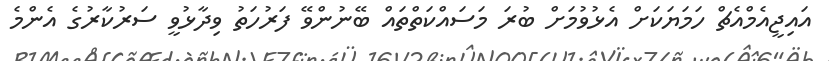
އައިޖީއެމްއެޗް ހަމަޔަކަށް އެޅުވުމަށް ބުރަ މަސައްކަތްތައް ބޭނުންވޭ ފަރުހަތު ވިދާޅުވީ ސަރުކާރުގެ އެންމެ